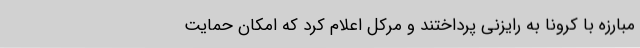
مبارزه با کرونا به رایزنی پرداختند و مرکل اعلام کرد که امکان حمایت